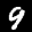
Label: 9